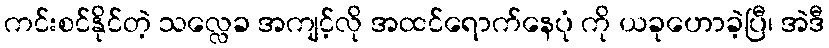
ကင်းစင်နိုင်တဲ့ သလ္လေခ အကျင့်လို အထင်ရောက်နေပုံ ကို ယခုဟောခဲ့ပြီ၊ အဲဒီ